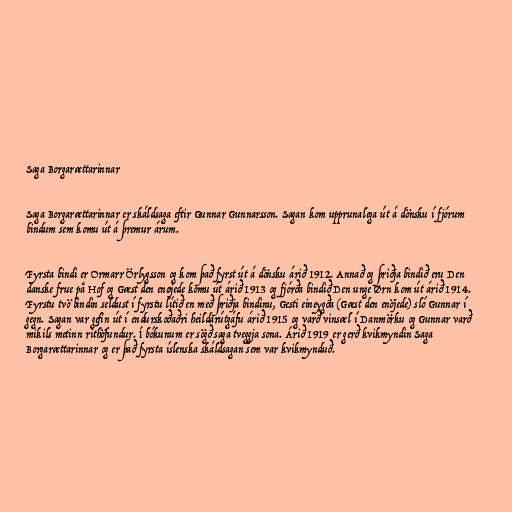
Saga Borgarættarinnar

Saga Borgarættarinnar er skáldsaga eftir Gunnar Gunnarsson. Sagan kom upprunalega út á dönsku í fjórum
bindum sem komu út á þremur árum.

Fyrsta bindi er Ormarr Örlygsson og kom það fyrst út á dönsku árið 1912. Annað og þriðja bindið eru Den
danske frue på Hof og Gæst den enøjede komu út árið 1913 og fjórða bindið Den unge Ørn kom út árið 1914.
Fyrstu tvö bindin seldust í fyrstu lítið en með þriðja bindinu, Gesti eineygða (Gæst den enöjede) sló Gunnar í
gegn. Sagan var gefin út í endurskoðaðri heildarútgáfu árið 1915 og varð vinsæl í Danmörku og Gunnar varð
mikils metinn rithöfundur. Í bókunum er sögð saga tveggja sona. Árið 1919 er gerð kvikmyndin Saga
Borgarættarinnar og er það fyrsta íslenska skáldsagan sem var kvikmynduð.